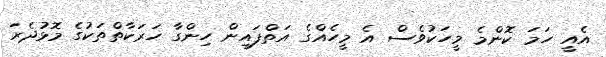
އެއީ ހަމަ ކޮންމެ މީހަކުވެސް އެ މީހެއްގެ އަތްފައިން ހިންގާ ހަރަކާތްތަކުގެ މޮޅުދެރަ